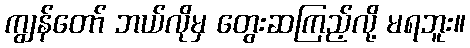
ကျွန်တော် ဘယ်လိုမှ တွေးဆကြည့်လို့ မရဘူး။